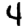
Digit: 4